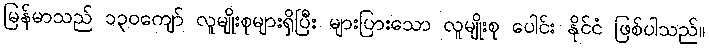
မြန်မာသည် ၁၃၀ကျော် လူမျိုးစုများရှိပြီး များပြားသော လူမျိုးစု ပေါင်း နိုင်ငံ ဖြစ်ပါသည်။